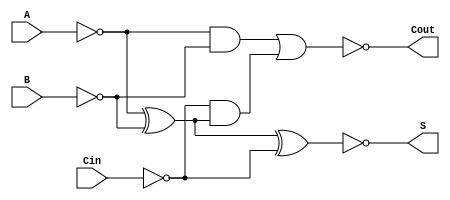
module Negative_Circuit_Full_Adder (
    input wire A,     // First significant bit
    input wire B,     // Second significant bit
    input wire Cin,   // Carry-in
    output wire S,    // Sum output
    output wire Cout   // Carry-out output
);

// Intermediate signals for negative logic
wire A_inv, B_inv, Cin_inv;
wire S_temp, Cout_temp;

// Invert the inputs for negative logic
assign A_inv = ~A;  // A' (inverted A)
assign B_inv = ~B;  // B' (inverted B)
assign Cin_inv = ~Cin; // Cin' (inverted Cin)

// Calculate the sum in negative logic
assign S_temp = A_inv ^ B_inv ^ Cin_inv; // S' = A' XOR B' XOR Cin'
assign S = ~S_temp; // Final output S = S' (inverted)

// Calculate the carry-out in negative logic
wire AB, A_XOR_B;

assign A_XOR_B = A_inv ^ B_inv; // A' XOR B'
assign AB = A_inv & B_inv; // A' AND B'
assign Cout_temp = AB | (Cin_inv & A_XOR_B); // Cout' = (A' AND B') OR (Cin' AND (A' XOR B'))
assign Cout = ~Cout_temp; // Final output Cout = Cout' (inverted)

endmodule